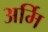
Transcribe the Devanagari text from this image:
अर्मि